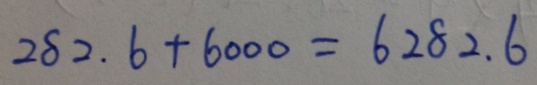
2 8 2 . 6 + 6 0 0 0 = 6 2 8 2 . 6